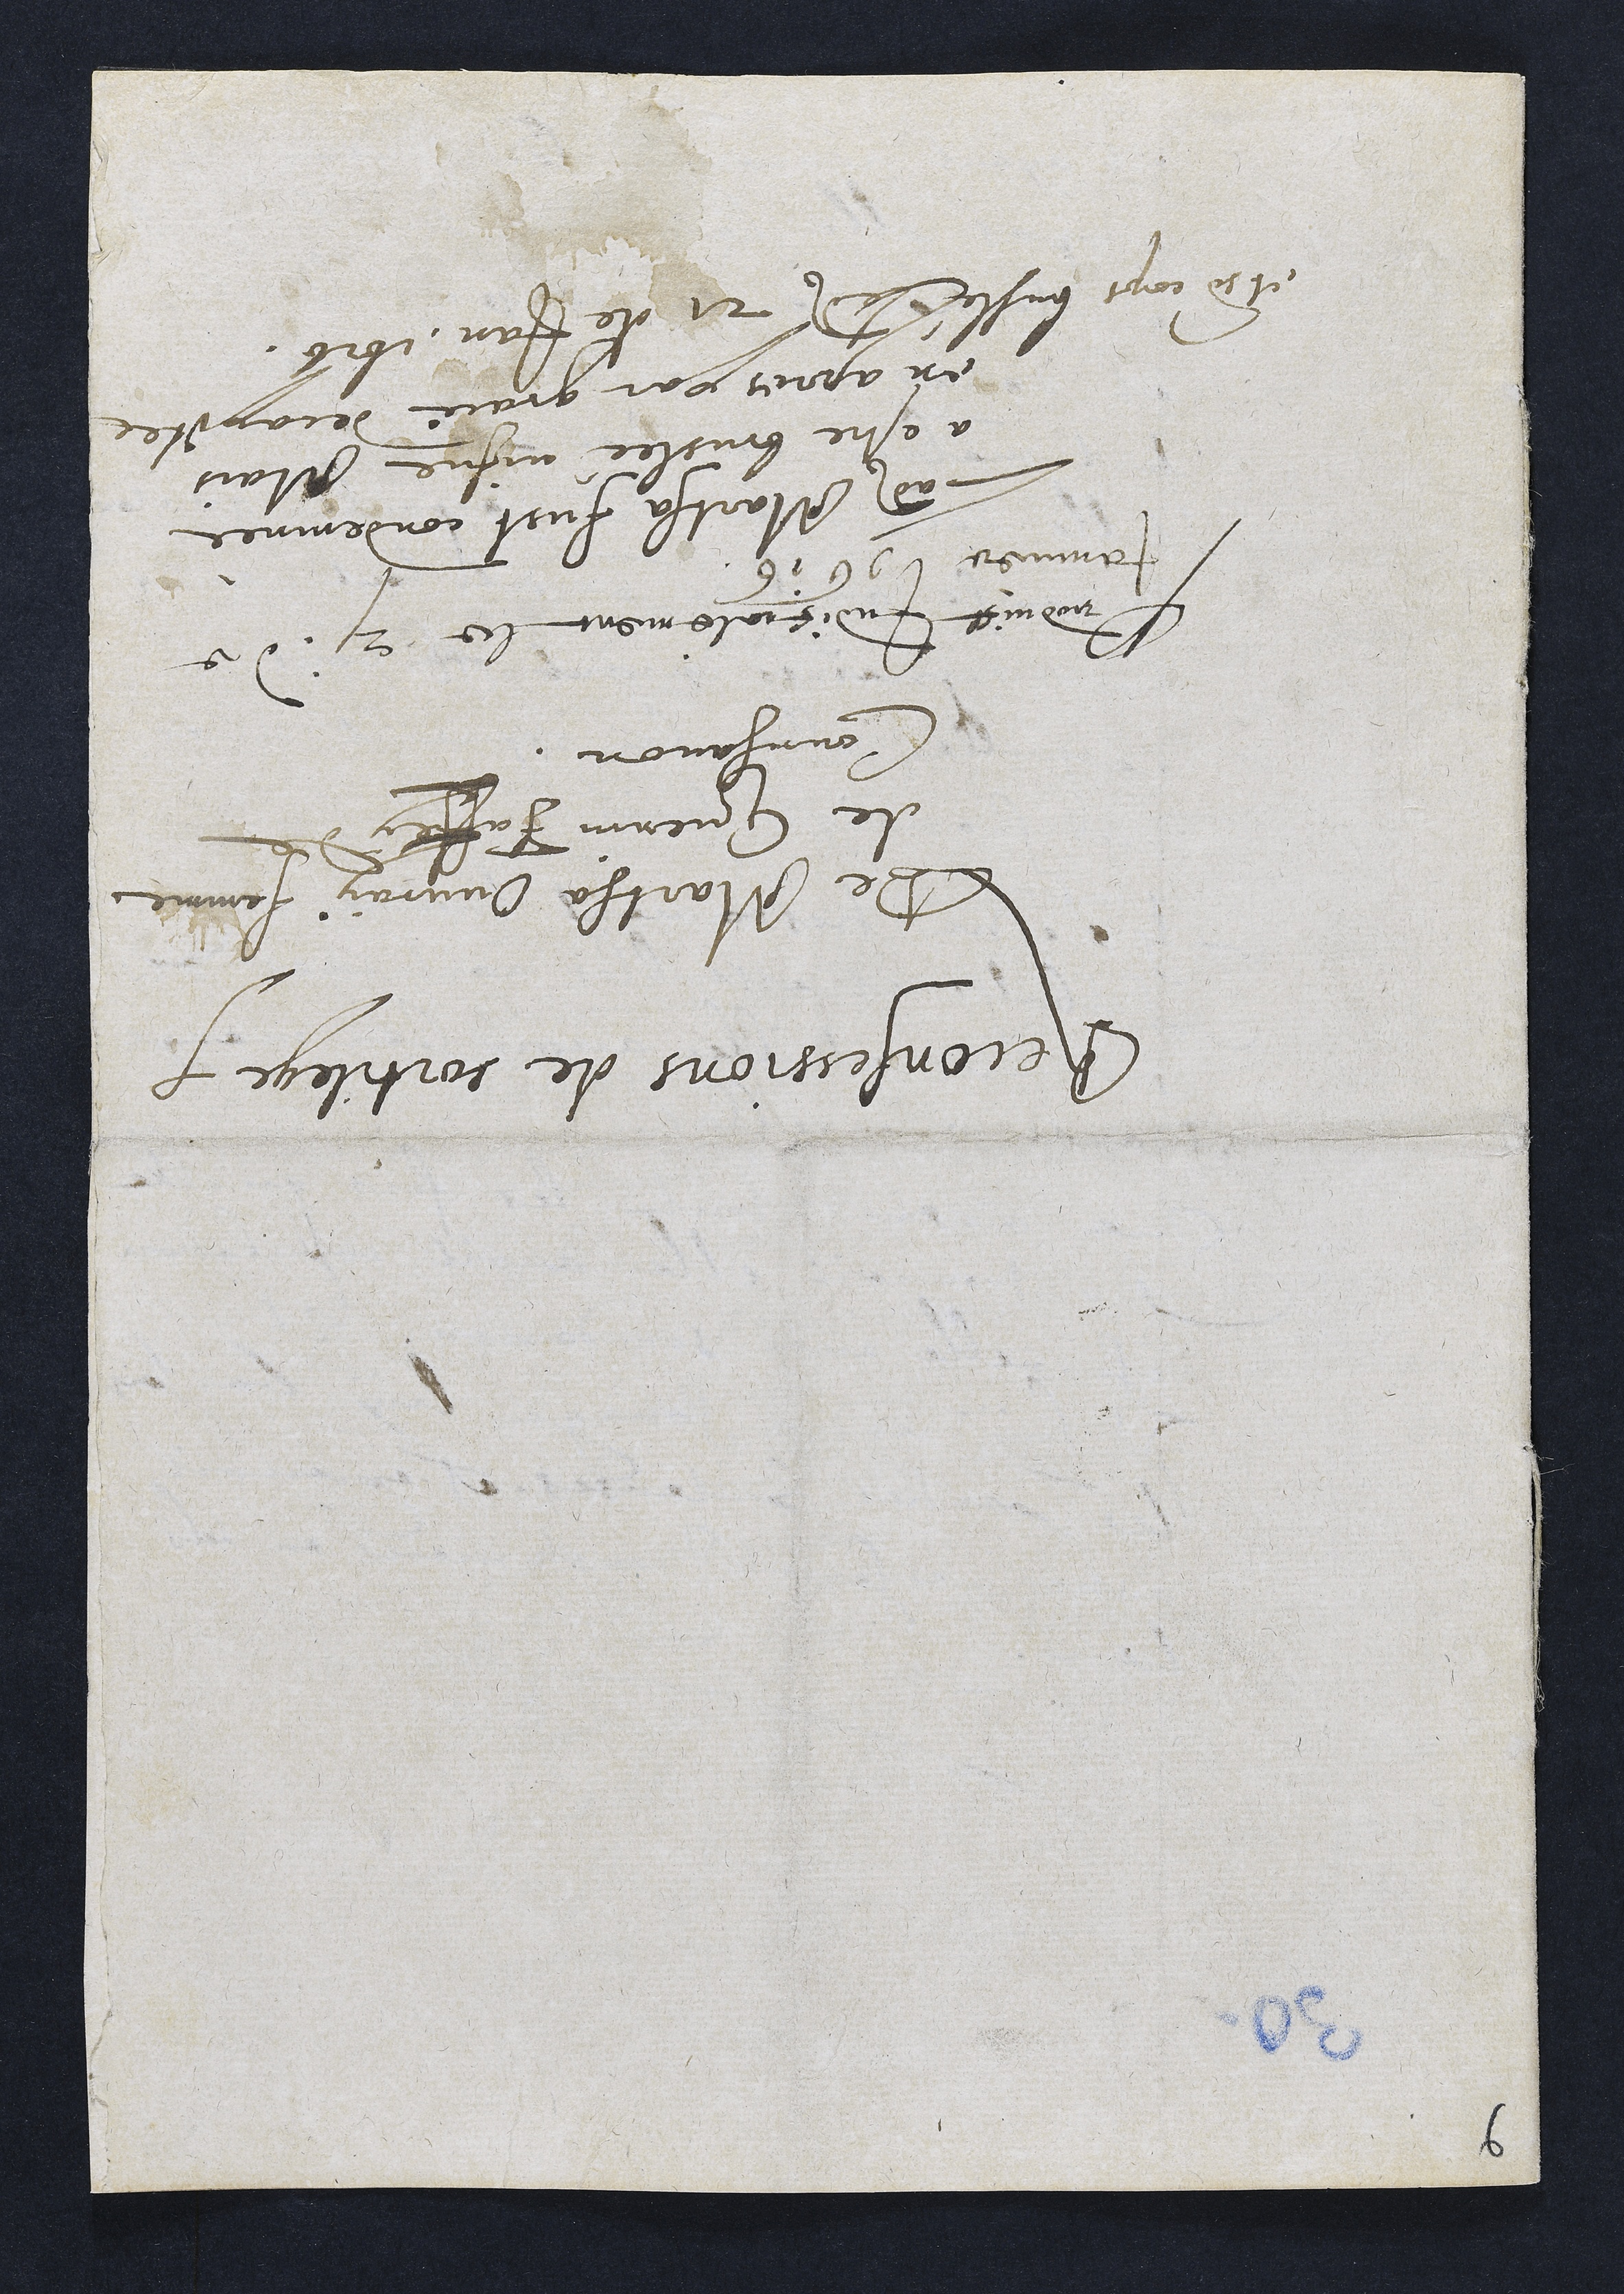
Reconfessions de sortilege.
De Martha Ouvray femme
de Guenin Jaffay de
Courgavon.
Groduict Indicialement le 21 de
Janner 1616
Ladite Martha fust condemne
a estre bruslée vique Mais
en apres par grace decapitee
et d cops busle ledit 21 de Jan 1616.